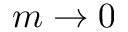
m \to 0